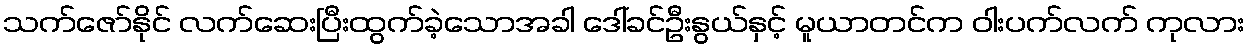
သက်ဇော်နိုင် လက်ဆေးပြီးထွက်ခဲ့သောအခါ ဒေါ်ခင်ဦးနွယ်နှင့် မူယာတင်က ဝါးပက်လက် ကုလား